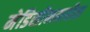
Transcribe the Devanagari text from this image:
मेडिसीनमधील